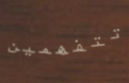
تتفهمين